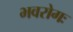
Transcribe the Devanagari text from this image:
भवरोगः